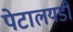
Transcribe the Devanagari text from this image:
पेटालयडी